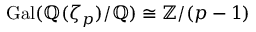
\operatorname { G a l } ( \mathbb { Q } ( \zeta _ { p } ) / \mathbb { Q } ) \cong \mathbb { Z } / ( p - 1 )